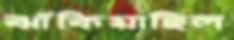
ঝাঁকিয়াছিল